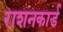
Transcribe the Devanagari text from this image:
राशनकार्ड